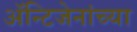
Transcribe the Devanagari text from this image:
अॅन्टिजेनांच्या